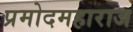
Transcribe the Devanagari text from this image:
प्रमोदमहाराज